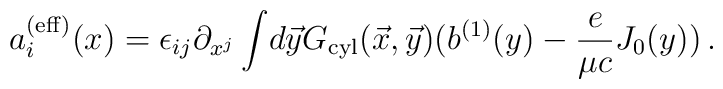
a_i^{({\rm eff})}(x)= \epsilon_{ij} \partial_{x^j}\int \! d \vec y {G}_{\rm cyl}(\vec x, \vec y)(b^{(1)}(y) -{e \over \mu c} J_0(y))\,.